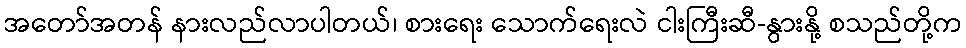
အတော်အတန် နားလည်လာပါတယ်၊ စားရေး သောက်ရေးလဲ ငါးကြီးဆီ-နွားနို့ စသည်တို့က